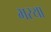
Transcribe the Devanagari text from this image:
भरया